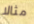
مثالا